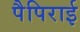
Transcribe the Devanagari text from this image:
पैपिराई